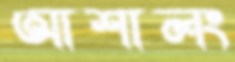
আশালং